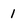
Character: 1